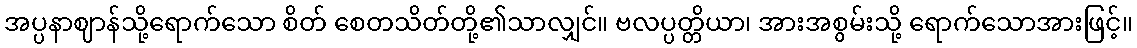
အပ္ပနာဈာန်သို့ရောက်သော စိတ် စေတသိတ်တို့၏သာလျှင်။ ဗလပ္ပတ္တိယာ၊ အားအစွမ်းသို့ ရောက်သောအားဖြင့်။